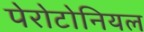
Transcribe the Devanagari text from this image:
पेरोटोनियल